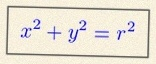
x^2+y^2=r^2